Sketch of the medical history of the native army of Bombay, for the year
Year: 1870
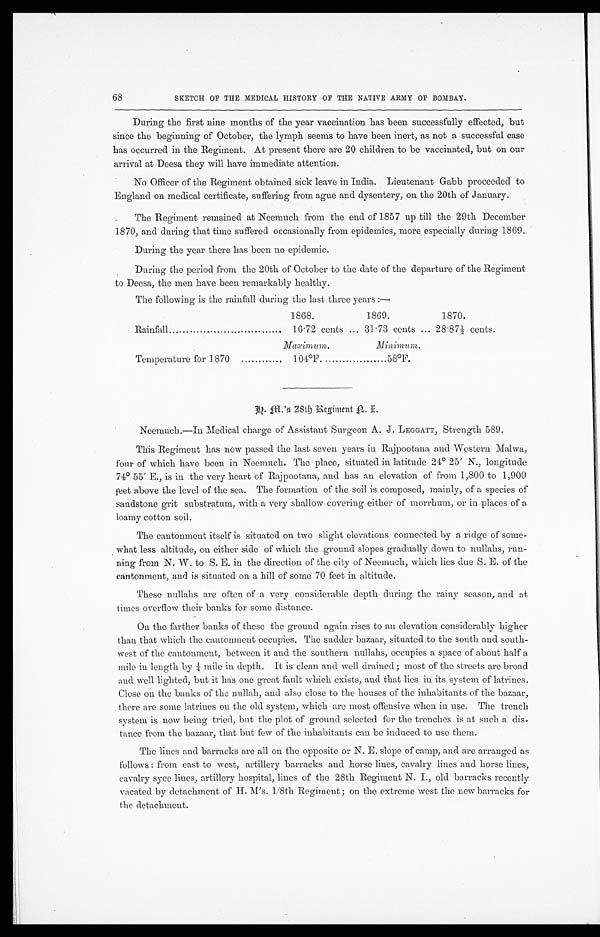
68
SKETCH OF THE MEDICAL HISTORY OF THE NATIVE ARMY OF BOMBAY.
During the first nine months of the year vaccination has been successfully effected, but
since the beginning of October, the lymph seems to have been inert, as not a successful case
has occurred in the Regiment. At present there are 20 children to be vaccinated, but on our
arrival at Deesa they will have immediate attention.
No Officer of the Regiment obtained sick leave in India. Lieutenant Gabb proceeded to
England on medical certificate, suffering from ague and dysentery, on the 20th of January.
The Regiment remained at Neemuch from the end of 1857 up till the 29th December
1870, and during that time suffered occasionally from epidemics, more especially during 1869.
During the year there has been no epidemic.
During the period from the 20th of October to the date of the departure of the Regiment
to Deesa, the men have been remarkably healthy.
The following is the rainfall during the last three years:—
1868.
1869.
1870.
Rainfall
16.72 cents
31.73 cents
28.87½ c e n t s .
Maximum.
Minimum..
Temperature for 1870
101°F
58°F.
h . m . ' s 2 8 t h R e g i m e n t n . i .
Neemuch.—In Medical charge of Assistant Surgeon A. J. LEGGATT, Strength 589.
This Regiment has now passed the last seven years in Rajpootana and Western Malwa,
four of which have been in Neemuch. The place, situated in latitude 24° 25' N., longitude
74° 55' E., is in the very heart of Rajpootana, and has au elevation of from 1,800 to 1,900
feet above the level of the sea. The formation of the soil is composed, mainly, of a species of
sandstone grit substratum, with a very shallow covering either of morrhum, or in places of a
loamy cotton soil.
The cantonment itself is situated on two slight elevations connected by a ridge of some
-what less altitude, on either side of which the ground slopes gradually down to nullahs, run-
ning from N. W. to S. E. in the direction of the city of Neemuch, which lies due S. E. of the
cantonment, and is situated on a hill of some 70 feet in altitude.
These nullahs are often of a very considerable depth during the rainy season, and at
times overflow their banks for some distance.
On the farther banks of these the ground again rises to an elevation considerably higher
than that which the cantonment occupies. The sudder bazaar, situated to the south and south-
west of the cantonment, between it and the southern nullahs, occupies a space of about half a
mi l e i n l engt h by ¼ mi l e i n dept h. I t i s cl ean and wel l dr ai ned; most of t he st r eet s ar e br oad
and well lighted, but it has one great fault which exists, and that lies in its system of latrines.
Close on the banks of the nullah, and also close to the houses of the inhabitants of the bazaar,
there are some latrines on the old system, which are most offensive when in use. The trench
system is now being tried, but the plot of ground selected for the trenches is at such a dis-
tance from the bazaar, that but few of the inhabitants can be induced to use them.
The lines and barracks are all on the opposite or N. E. slope of camp, and are arranged as
follows: from east to west, artillery barracks and horse lines, cavalry lines and horse lines,
cavalry syce lines, artillery hospital, lines of the 28th Regiment N. I., old barracks recently
vacated by detachment of H. M's. 1/8th Regiment; on the extreme west the new barracks for
the detachment.